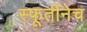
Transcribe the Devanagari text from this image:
स्फूर्तीनेच